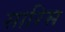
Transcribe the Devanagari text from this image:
सारिस